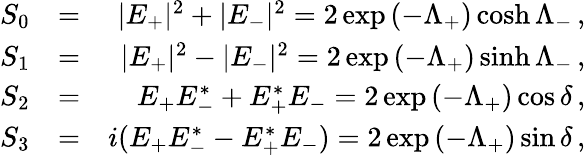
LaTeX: \begin{array}{rlr}{S_{0}}&{=}&{|E_{+}|^{2}+|E_{-}|^{2}=2\exp\left(-\Lambda_{+}\right)\cosh\Lambda_{-}\, ,}\\ {S_{1}}&{=}&{|E_{+}|^{2}-|E_{-}|^{2}=2\exp\left(-\Lambda_{+}\right)\sinh\Lambda_{-}\, ,}\\ {S_{2}}&{=}&{E_{+}E_{-}^{*}+E_{+}^{*}E_{-}=2\exp\left(-\Lambda_{+}\right)\cos\delta\, ,}\\ {S_{3}}&{=}&{i(E_{+}E_{-}^{*}-E_{+}^{*}E_{-})=2\exp\left(-\Lambda_{+}\right)\sin\delta\, ,}\end{array}